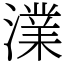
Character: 澲